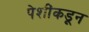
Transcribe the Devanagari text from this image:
पेशींकडून